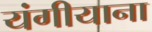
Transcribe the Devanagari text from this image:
यंगीयाना